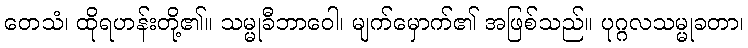
တေသံ၊ ထိုရဟန်းတို့၏။ သမ္မုခီဘာဝေါ၊ မျက်မှောက်၏ အဖြစ်သည်။ ပုဂ္ဂလသမ္မုခတာ၊